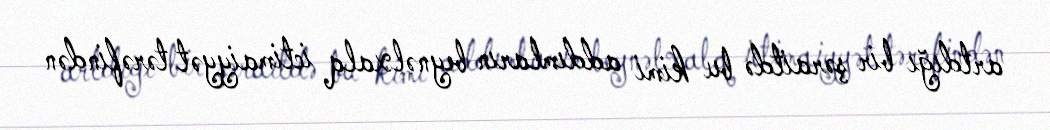
artdığı bir şəraitdə bu kimi addımların beynəlxalq ictimaiyyət tərəfindən